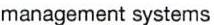
management systems